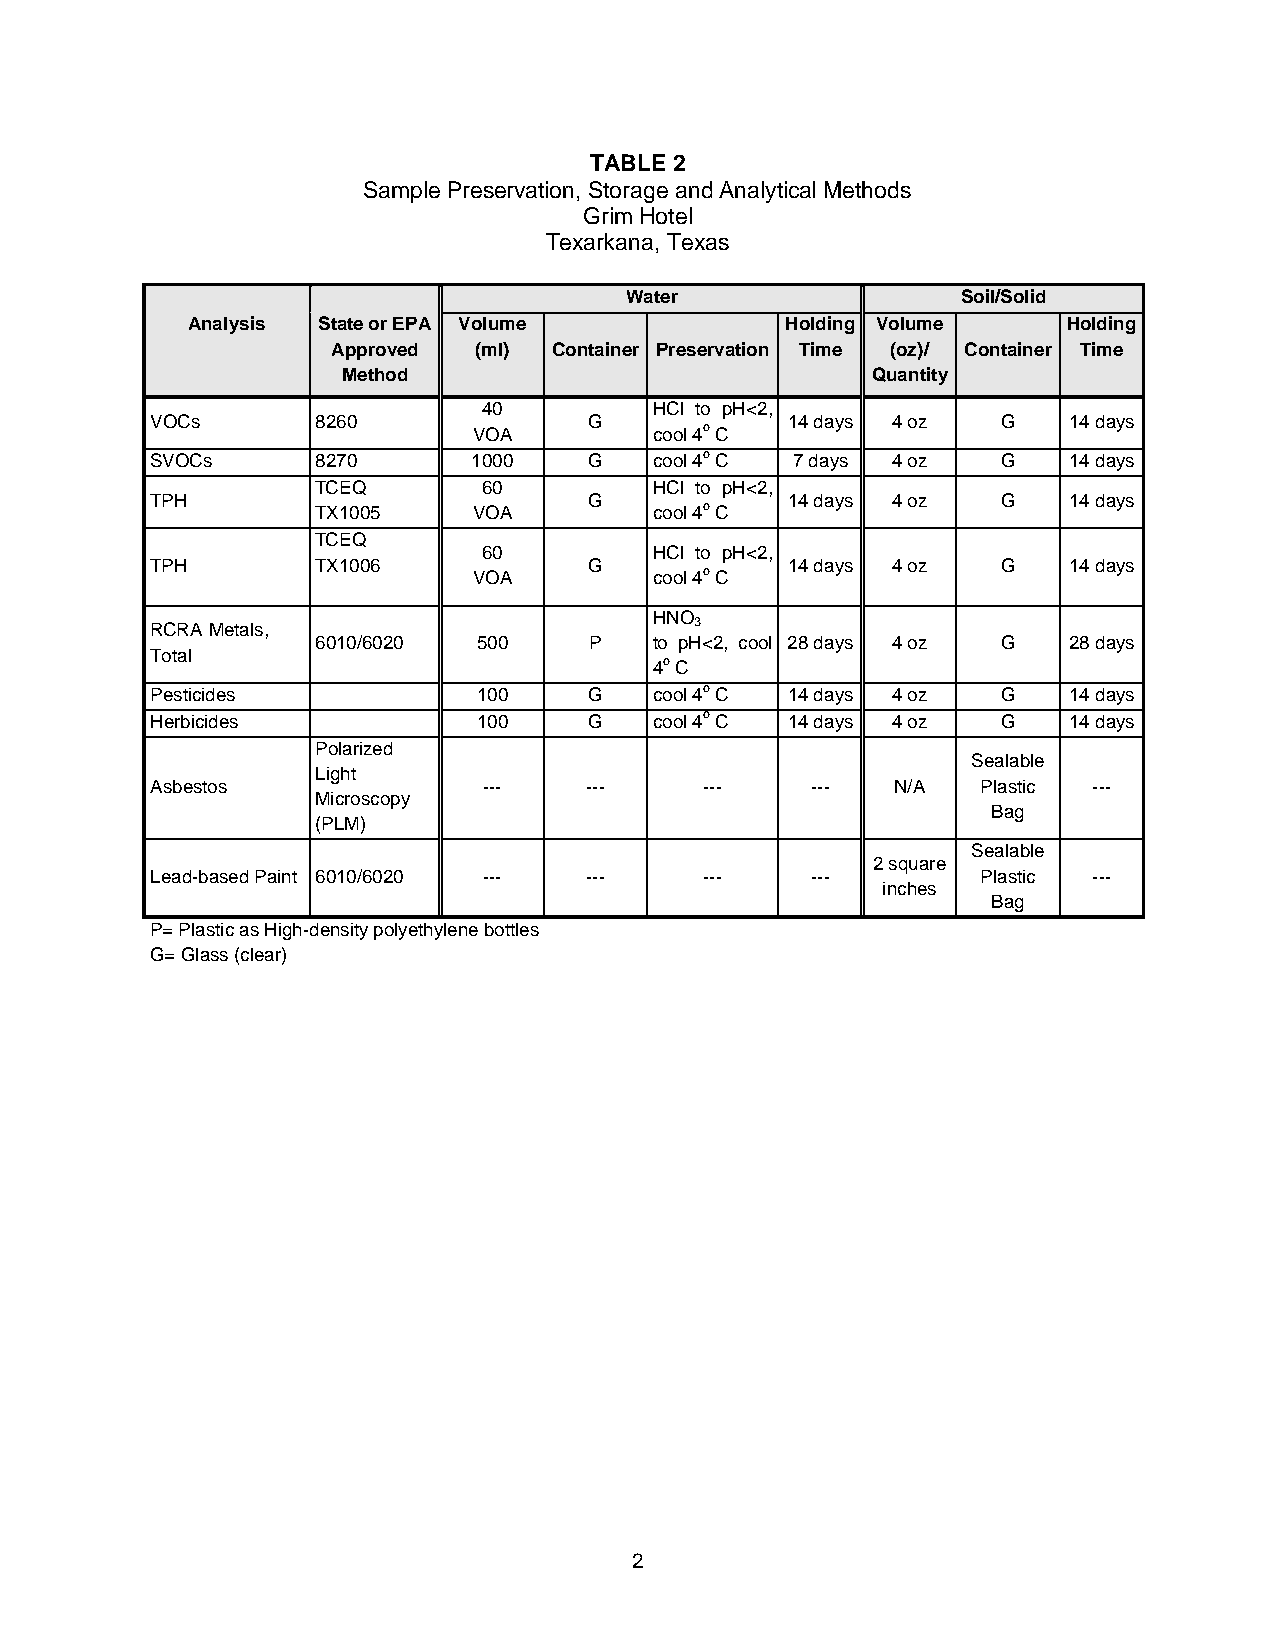
TABLE 2
 Sample Preservation, Storage and Analytical Methods
 Grim Hotel
 Texarkana, Texas
 Water                  Soil/Solid
 Analysis State or EPA Volume            Holding Volume     Holding
 Approved (ml)  Container Preservation Time (oz)/ Container Time
 Method                             Quantity
 40         HCl to pH<2,
 VOCs       8260              G            14 days 4 oz  G    14 days
 VOA         cool 4o C
 SVOCs      8270      1000    G   cool 4o C 7 days 4 oz  G    14 days
 TCEQ       60         HCl to pH<2,
 TPH                          G            14 days 4 oz  G    14 days
 TX1005    VOA         cool 4o C
 TCEQ
 60         HCl to pH<2,
 TPH        TX1006            G            14 days 4 oz  G    14 days
 VOA         cool 4o C
 HNO
 RCRA Metals,                        3
 6010/6020  500    P   to pH<2, cool 28 days 4 oz G 28 days
 Total
 4o C
 Pesticides            100    G   cool 4o C 14 days 4 oz G    14 days
 Herbicides            100    G   cool 4o C 14 days 4 oz G    14 days
 Polarized
 Sealable
 Light
 Asbestos              ---    ---     ---    ---  N/A   Plastic ---
 Microscopy
 Bag
 (PLM)
 Sealable
 2 square
 Lead-based Paint 6010/6020 --- ---   ---    ---        Plastic ---
 inches
 Bag
 P= Plastic as High-density polyethylene bottles
 G= Glass (clear)
 2